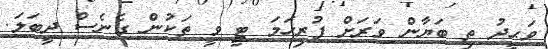
ވަޙީދު ތި ބަޔާން ވަރަށް ފުރިހަމަ ޓީ ވީ ތަކުން ގެނެސް ދީބަލަ.